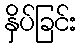
နှိပ်ခြင်း